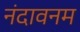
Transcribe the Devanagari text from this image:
नंदावनम